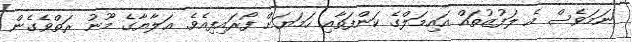
ނަމަވެސް އެ ލަފުޒުތައް އައިމަލްގެ ކަންފަތާއި ހަމަޔަށް ފޯރައިފިއެވެ. އަލާޔާގެ މޫނު ރަތްވެގެން